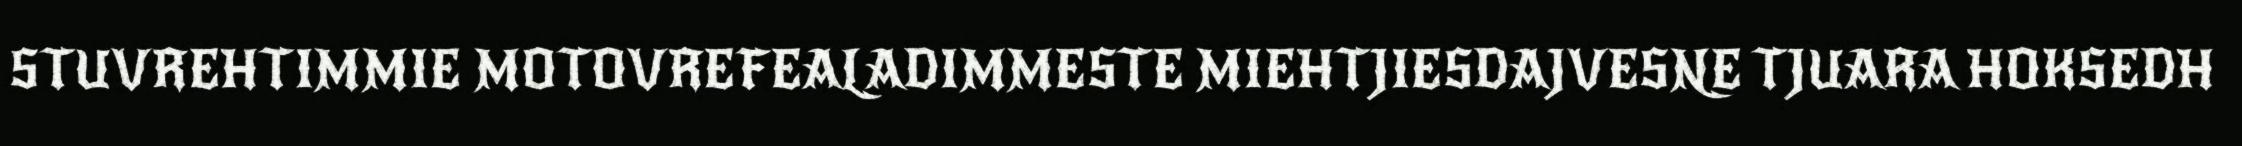
STUVREHTIMMIE MOTOVREFEALADIMMESTE MIEHTJIESDAJVESNE TJUARA HOKSEDH